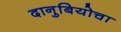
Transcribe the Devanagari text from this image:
दानुबियोचा